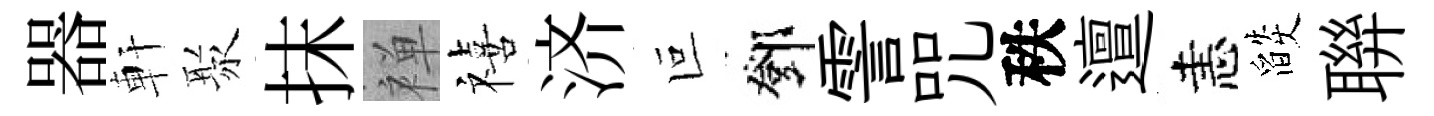
器軒聚抹禅禧济叵鄧霅咒秩邅恚燄聨